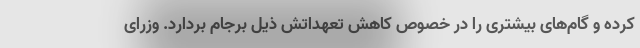
کرده و گام‌های بیشتری را در خصوص کاهش تعهداتش ذیل برجام بردارد. وزرای